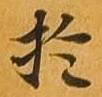
於